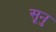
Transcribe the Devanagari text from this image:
सूनु